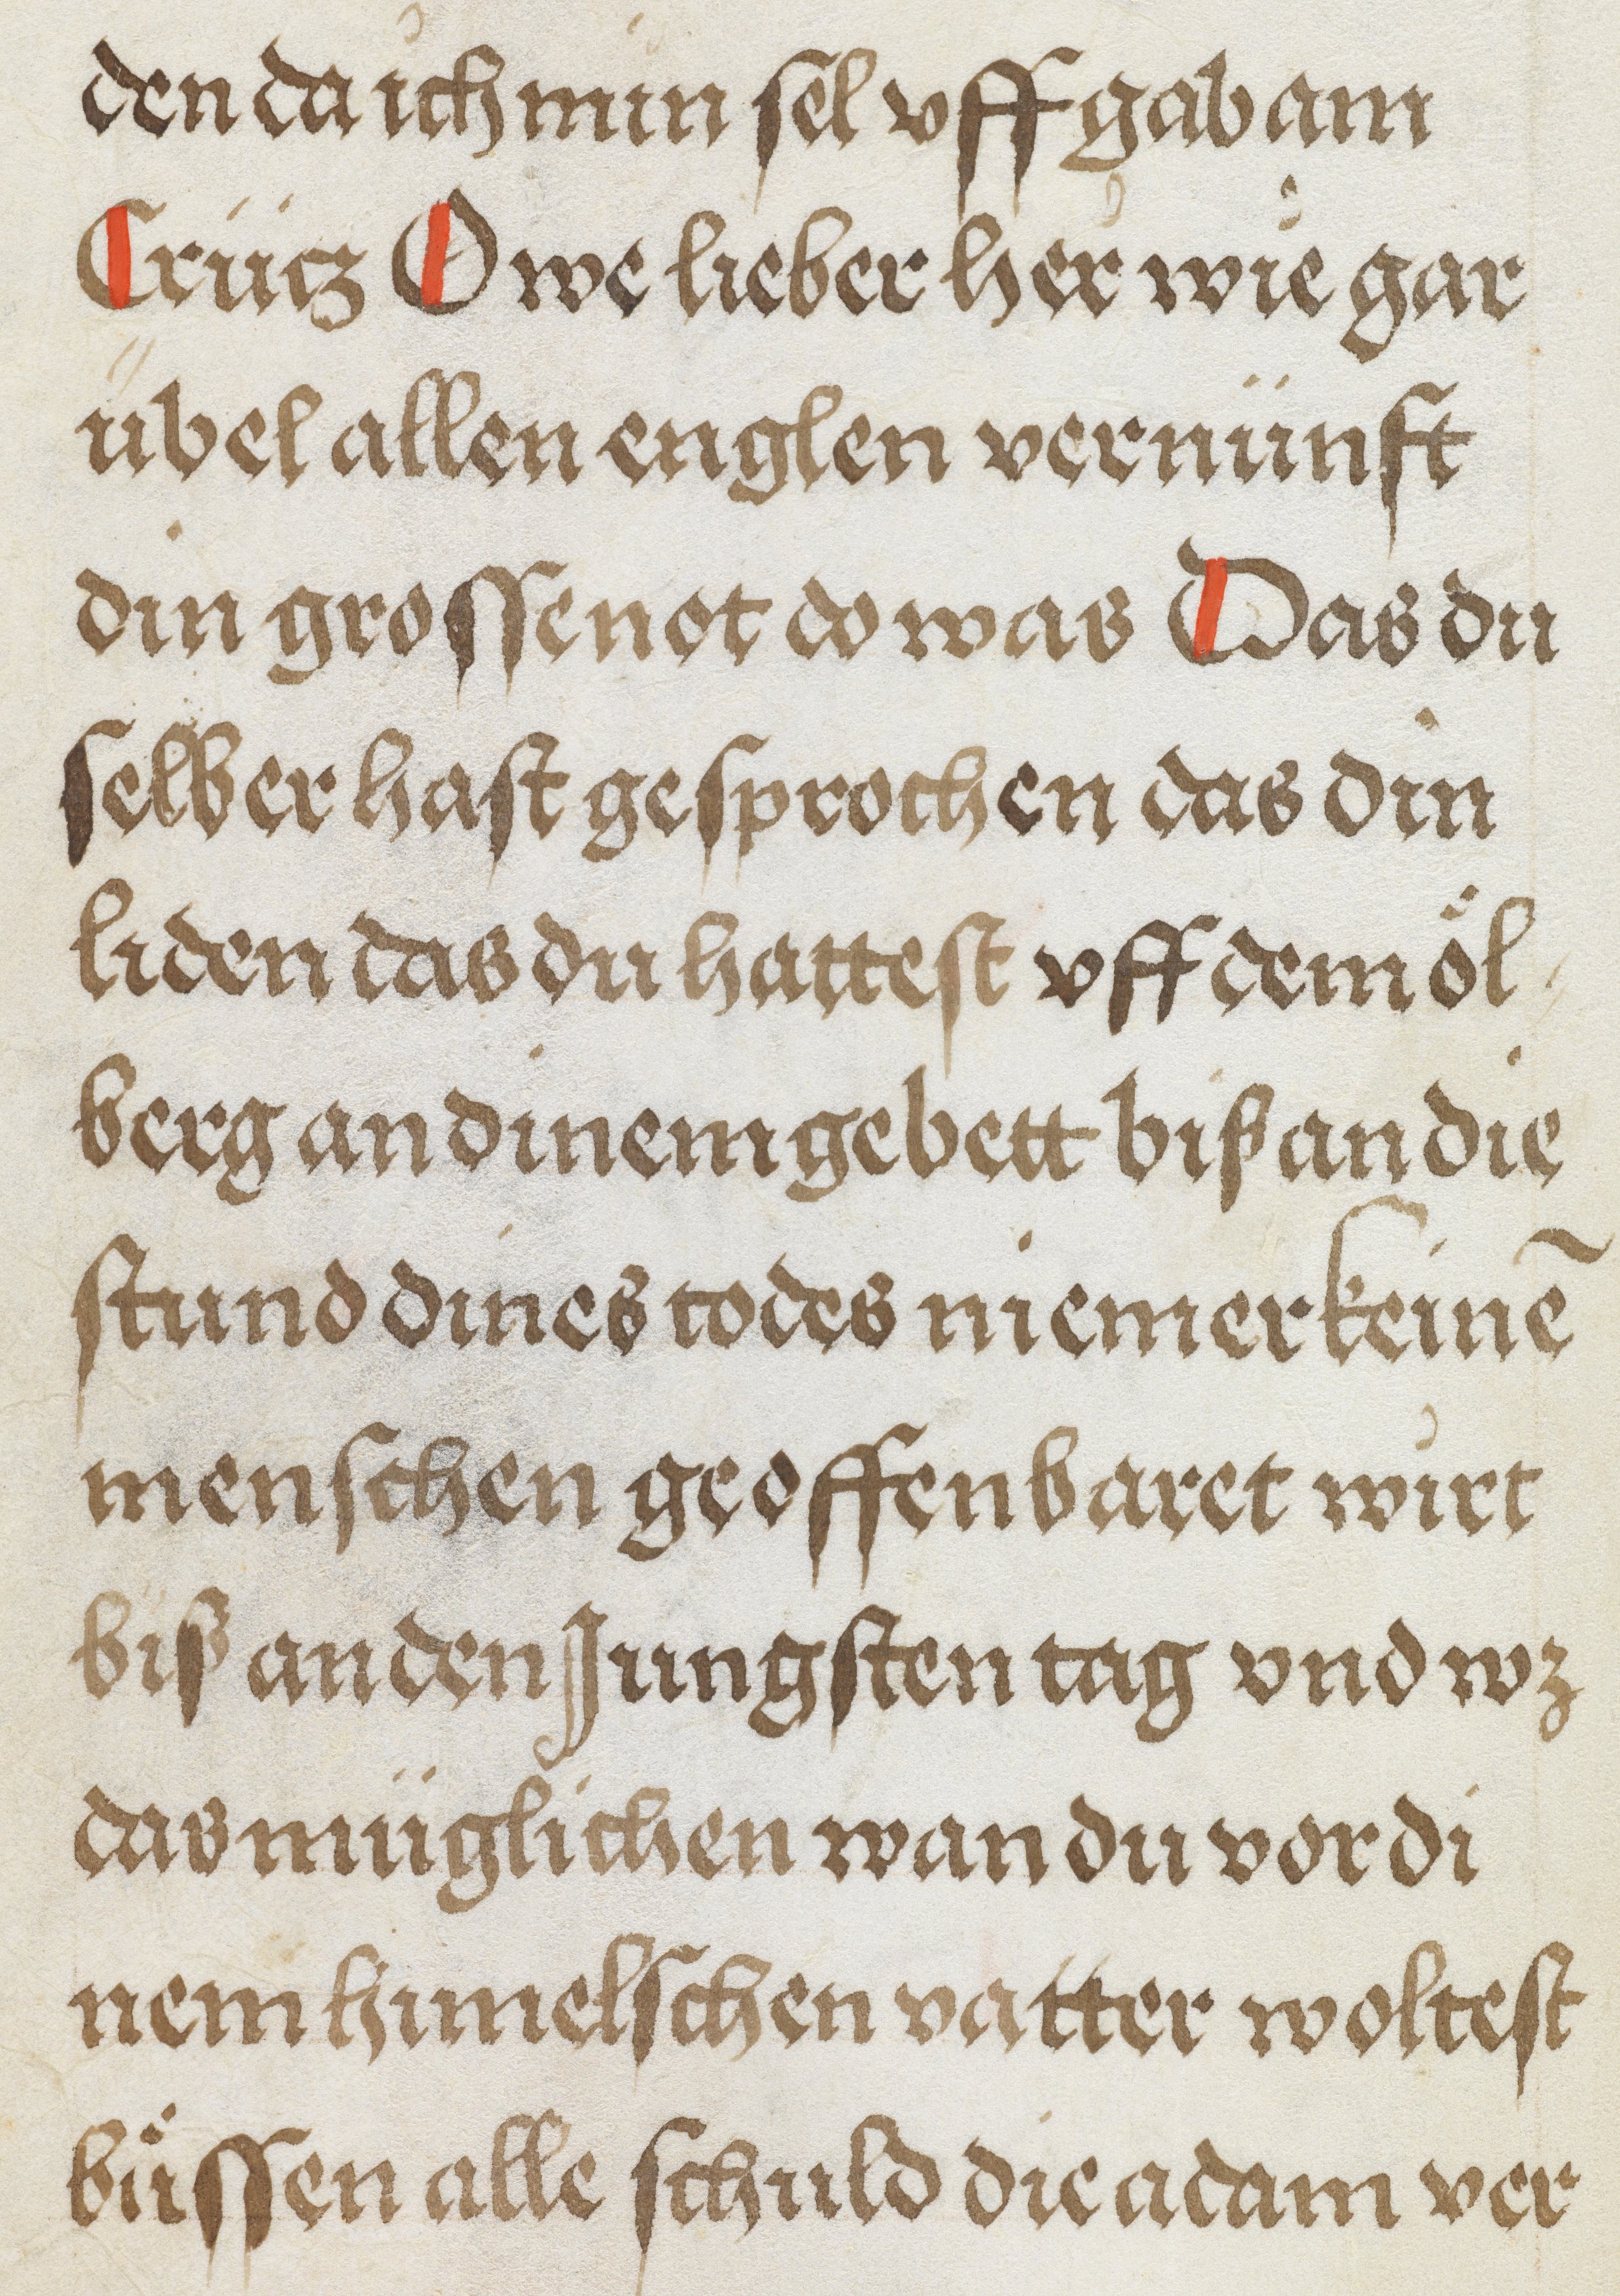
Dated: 1500–1530